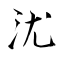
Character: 沋